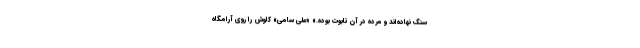
سنگ نهاده‌اند و مرده در آن تابوت بوده.» «علی سامی» کاوش را روی آرامگاه